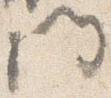
門